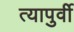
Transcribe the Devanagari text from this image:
त्यापुर्वी